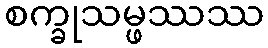
စက္ခုသမ္ဖဿဿ